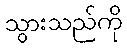
သွားသည်ကို